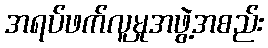
အရပ်ဖက်လူမှုအဖွဲ့အစည်း